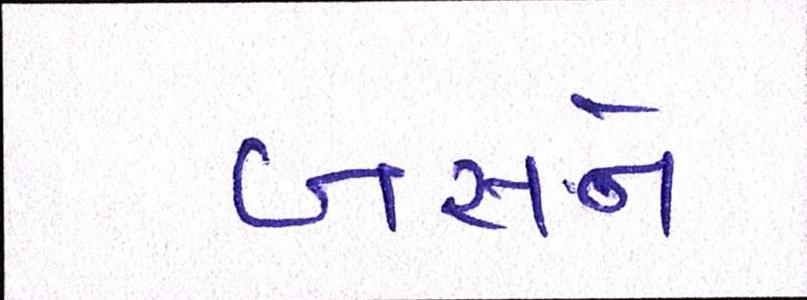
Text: બસને